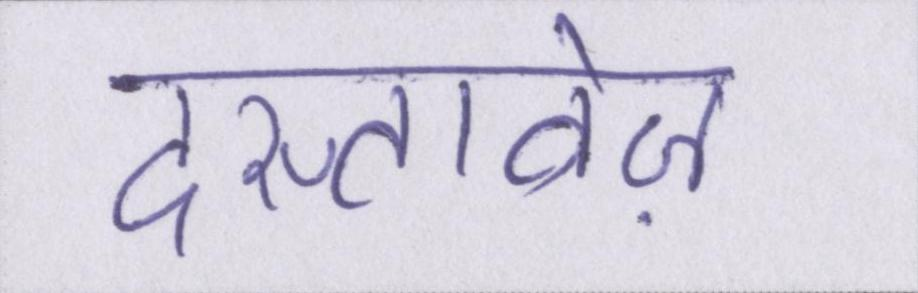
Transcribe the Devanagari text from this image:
दस्तावेज़